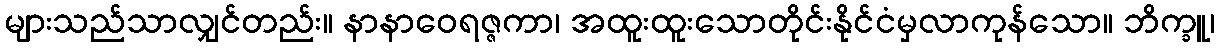
များသည်သာလျှင်တည်း။ နာနာဝေရဇ္ဇကာ၊ အထူးထူးသောတိုင်းနိုင်ငံမှလာကုန်သော။ ဘိက္ခူ၊